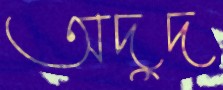
অদুদ